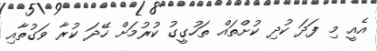
އެއީ މި ފަދަ ކުދި ކުށްތައް ތަހުގީގު ކުރުމަށް ހޭދަ ކުރާ ވަގުތާއި